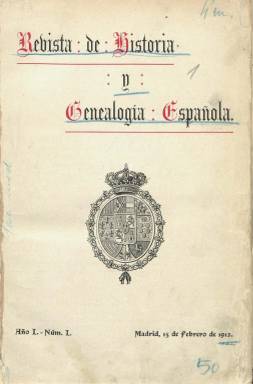
Título: Revista de historia y de genealogía española
Otros títulos: Revista de historia y geanología española
Colección: Historia
Ámbito geográfico: Madrid
Lugar de publicación: Madrid
Fechas: 15/02/1912-31/12/1931

Publicación dedicada principalmente a la investigación de las ciencia auxiliar histórica de la genealogía y la heráldica, cuyo primer número aparece en febrero de 1912, y que en el primer tercio del siglo veinte compartirá estos estudios con las también revistas Academia heráldica (1906-1910) y Nueva academia heráldica… (1913-1923). En el caso de esta revista, tendrá dos épocas. La primera acabará con la entrega de septiembre-octubre de 1919, y la segunda se prolonga desde 1927 a 1931. Se trata de una publicación de gran empaque, que tratará los asuntos que le son propios desde una posición clásica de carácter conservador, ‘nobiliarista’ y estamental, pero de gran enjundia y notable erudición.

Empezará apareciendo los días quince de cada mes, en entregas de un formato en 4º y en torno al medio centenar de páginas, con foliación continuada y formando tomos anuales, para los que confeccionará un índice de materias (el segundo comenzará también en febrero), reiniciando así mismo la secuencia de numeración de sus entregas. Su composición es a una y dos columnas e insertará fotograbados e ilustraciones fuera de texto. Algunas de sus entregas serán bimensuales, duplicando el número de sus páginas, como lo fue en todo el año 1919, y cuando reaparezca en enero de 1927, algunas serán también trimestrales, correspondiendo la última a noviembre-diciembre de 1931. En su primera época fue estampada en la Imprenta de los Sucesores de Rivadeneira y, en la segunda, en la de C. Bermejo.

Publicará estudios de genealogía (árboles genealógicos, de solares y linajes) y de heráldica (escudos o lemas); estudios y guías de corporaciones nobiliarias (nobleza, maestranzas y órdenes militares); documentos inéditos (padrones de hijosdalgo o privilegios), estudios histórico-literarios, así como biografías y artículos de historia general o arqueología. Tendrá secciones de reseñas bibliográficas (principalmente escritas por Domínguez, Otero o Moreno), Revista de revistas, tanto españolas como extranjeras (sumarios), Noticias oficiales (con resoluciones del Ministerio de Gracia y Justicia) y varias, así como otra de consultas. Llega a publicar algún suplemento. Sus grabados se referirán a facsímiles de documentos, escudos, blasones, monumentos o retratos. Inserta también una lista de suscriptores.

Al frente de la revista estarán una serie de nobles eruditos que ya habían publicado obras sobre la materia, como el décimo marqués de Santacara, el abogado y escritor Joaquín Argamasilla de la Cerda y Bayona (1870-1940), que será su director; y como redactores el marqués de Hermosilla, Santiago Otero Enríquez (después será redactor-jefe); el séptimo conde de Rodezno, el abogado y dirigente carlista Tomás Domínguez Arévalo (1882-1952); el conde de Lascoiti, José Fernández de Lascoiti y Jiménez (1880-1962), y Juan Moreno de Guerra y Alonso (1878-1936). En su segunda época se sumarán a la redacción el marqués de Saltillo, Miguel Lasso de la Vega y López de Tejada; el conde de Vallellano, Fernando Suárez de Tangil y de Angulo, y Miguel Gómez del Campillo. Su secretario-administrador será Enrique Ugarte Añíbarro.

Contará con otros colaboradores, como Francisco Fernández de Bethencourt (1851-1916), Rodrigo Amador de los Ríos, Gabriel Maura Gamazo, Juan Pérez de Guzmán, Francisco Rodríguez Marín, Mariano Arigita, Juan Carlos de Guerra, Ricardo del Arco, Emilio Cróquer, Bernardino Martín Mínguez, José Márquez de la Plata, Alfonso Jara y Seijas, Juan Vázquez de Mella, Arturo Campión o Pelayo Quintero Atauri, así como los condes de Cedillo y de Doña-Marina o los marqueses de Cerralbo, de Laurencín, de Rafal y el del Valle de la Reina.

La editora de la revista contará con una sección de investigaciones históricas nobiliarias y genealógicas, para la preparación de expedientes de pruebas para ingreso en las órdenes militares, maestranzas y corporaciones nobiliarias; para el estudio y tramitación de sucesiones y rehabilitaciones de títulos y para la expedición de copias de documentos.